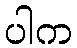
ပါက